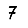
Digit: 7